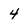
Character: 4